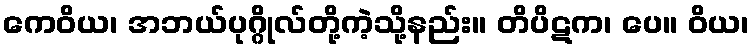
ကေဝိယ၊ အဘယ်ပုဂ္ဂိုလ်တို့ကဲ့သို့နည်း။ တိပိဋက၊ ပေ။ ဝိယ၊